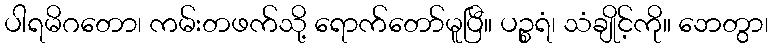
ပါရမိဂတော၊ ကမ်းတဖက်သို့ ရောက်တော်မူပြီ။ ပဉ္စရံ၊ သံချိုင့်ကို။ ဘေတွာ၊